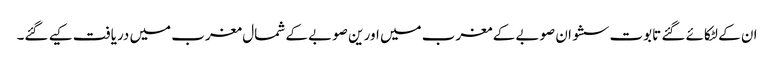
ان کے لٹکائے گئے تابوت سشوان صوبے کے مغرب میں اور ین صوبے کے شمال مغرب میں دریافت کیے گئے۔